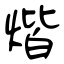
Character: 煯